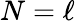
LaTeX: N=\ell